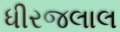
ધીરજલાલ